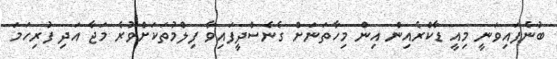
ބުނެފައިވަނީ މިއީ ޑާކްރެއިން އިން މިހާތަނަށް ގެނެސްދީފައިވާ ފިލްމުތަކަށްވުރެ މަޖާ އަދި ފުރިހަމަ